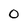
Character: 0